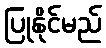
ပြုနိုင်မည်